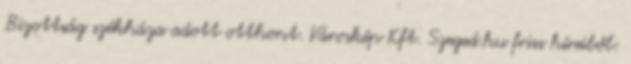
Bizottság székháza adott otthont. Városkép Kft. Szeged.hu friss híreiből: